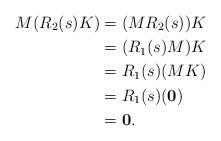
LaTeX: \begin{align*}M(R_2(s)K)&= (MR_2(s))K\\&= (R_1(s)M)K\\&= R_1(s)(MK)\\&= R_1(s)(\mathbf{0})\\&= \mathbf{0}.\end{align*}